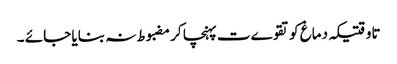
تاوقتیکہ دماغ کو تقوےت پہنچا کر مضبوط نہ بنایا جائے ۔